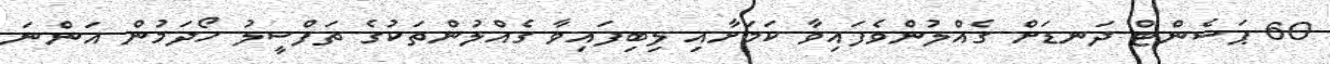
60 ޕަސެންޓް ދަނޑަށް ގެއްލުންވެފައިވާ ކަމަށާއި ލިބިފައިވާ ގެއްލުންތަކުގެ ތަފްސީލު ހޯދަމުން އަންނަ